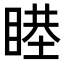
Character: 𥈻